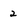
Character: 2